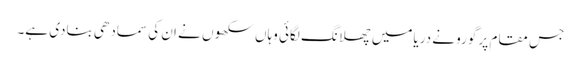
جس مقام پر گورو نے دریامیں چھلانگ لگائی وہاں سکھوں نے ان کی سمادھی بنادی ہے۔